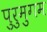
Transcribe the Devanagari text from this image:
पुरुमुगम